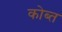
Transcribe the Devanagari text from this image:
कोब्त